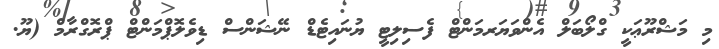
މި މަޝްރޫޢަކީ ގްލޯބަލް އެންވަޔަރމަންޓް ފެސިލިޓީ ޔުނައިޓެޑް ނޭޝަންސް ޑިވެލޮޕްމަންޓް ޕްރޮގްރާމް (ޔޫ.